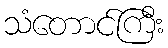
သံတောင်ကြီး